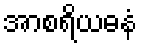
အာစရိယဓနံ